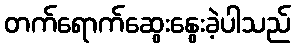
တက်ရောက်ဆွေးနွေးခဲ့ပါသည်